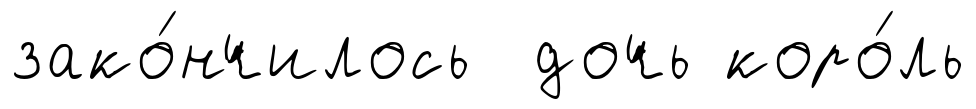
зако́нчилось дочь коро́ль